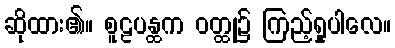
ဆိုထား၏။ စူဠပန္ထက ဝတ္ထု၌ ကြည့်ရှုပါလေ။